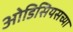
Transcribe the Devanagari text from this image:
ओडिसियसच्या